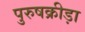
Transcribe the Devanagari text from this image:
पुरुषक्रीड़ा